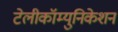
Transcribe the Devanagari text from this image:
टेलीकॉम्युनिकेशन